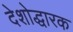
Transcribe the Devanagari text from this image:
देशोद्धारक